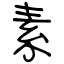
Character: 素